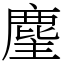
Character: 麈